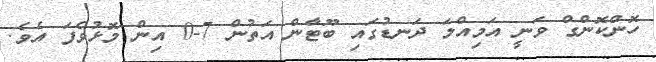
ހޮންކޮންގް ވަނީ އަމިއްލަ ދަނޑުގައި ބޫޓާން އަތުން 7-0 އިން މޮޅުވެފަ އެވެ.